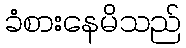
ခံစားနေမိသည်